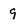
Character: 9